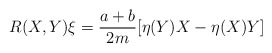
\begin{align*} R(X,Y)\xi = \frac{a+b}{2m}[\eta(Y)X - \eta(X)Y]\end{align*}